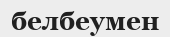
белбеумен